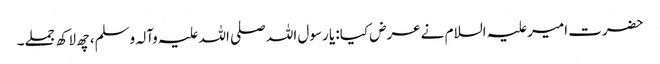
حضرت امیرعلیہ السلام نےعرض کیا: یا رسول اللہ صلی اللہ علیہ وآلہ وسلم، چھ لاکھ جملے۔